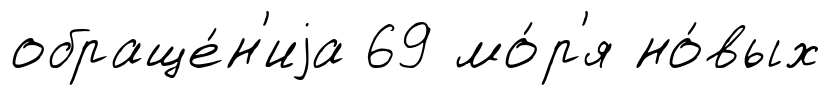
обраще́н'иjа 69 мо́р'я но́вых